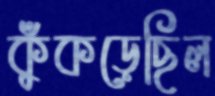
কুঁকড়েছিল